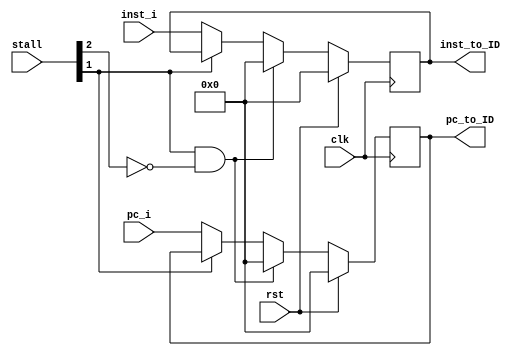
module PC_ID (
    input clk,
    input rst,

    input [31:0]pc_i,
    input [31:0]inst_i,
    input [5:0]stall,

    output reg [31:0]pc_to_ID,
    output reg [31:0]inst_to_ID

);

always @(posedge clk) begin
    if(rst)begin
        pc_to_ID <= 32'h00000000;
        inst_to_ID <= 32'h00000000;
    end else begin
        if(stall[1] == 1'b1 && stall[2] == 1'b0)begin
            pc_to_ID <= 32'h00000000;
            inst_to_ID <= 32'h00000000;
        end else begin
            if(stall[1] == 1'b0)begin
                pc_to_ID <= pc_i;
                inst_to_ID <= inst_i;
            end
        end
            
    end
end
    
endmodule